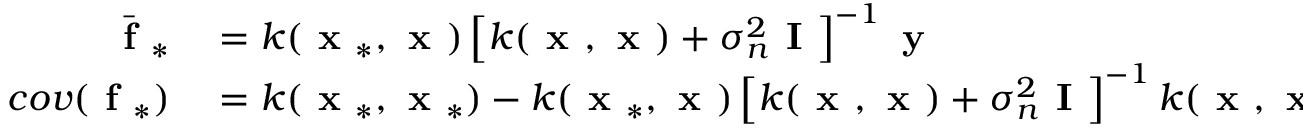
\begin{array} { r l } { \bar { \textbf { f } } _ { * } } & { { } = k ( \textbf { x } _ { * } , \textbf { x } ) \left[ k ( \textbf { x } , \textbf { x } ) + \sigma _ { n } ^ { 2 } \textbf { I } \right] ^ { - 1 } \textbf { y } } \\ { c o v ( \textbf { f } _ { * } ) } & { { } = k ( \textbf { x } _ { * } , \textbf { x } _ { * } ) - k ( \textbf { x } _ { * } , \textbf { x } ) \left[ k ( \textbf { x } , \textbf { x } ) + \sigma _ { n } ^ { 2 } \textbf { I } \right] ^ { - 1 } k ( \textbf { x } , \textbf { x } _ { * } ) } \end{array}